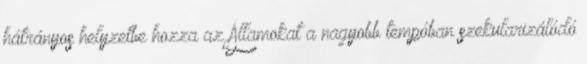
hátrányos helyzetbe hozza az Államokat a nagyobb tempóban szekularizálódó